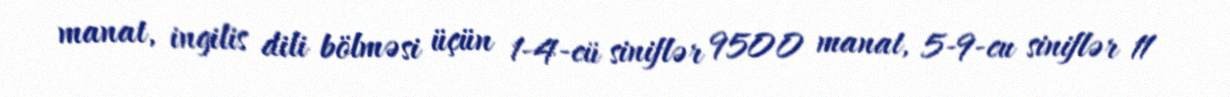
manat, ingilis dili bölməsi üçün 1-4-cü siniflər 9500 manat, 5-9-cu siniflər 11